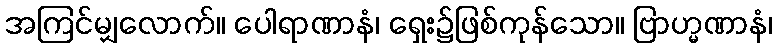
အကြင်မျှလောက်။ ပေါရာဏာနံ၊ ရှေး၌ဖြစ်ကုန်သော။ ဗြာဟ္မဏာနံ၊